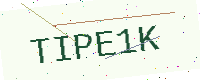
Text: TIPE1K